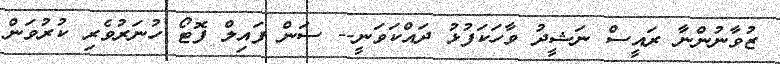
ޒުވާނުންނާ ރައީސް ނަޝީދު ވާހަކަފުޅު ދައްކަވަނީ-- ސަން ފައިލް ފޮޓޯ ހުނަރުވެރި ކުރުވަން